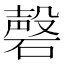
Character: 磬